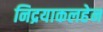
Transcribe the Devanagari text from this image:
निद्रयाकलहेन